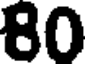
80